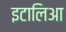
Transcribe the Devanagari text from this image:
इटालिआ